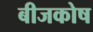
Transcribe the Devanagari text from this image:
बीजकोष